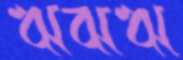
ঋঝঋ